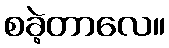
စခဲ့တာလေ။